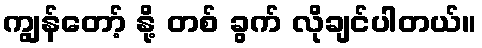
ကျွန်တော့် နို့ တစ် ခွက် လိုချင်ပါတယ်။